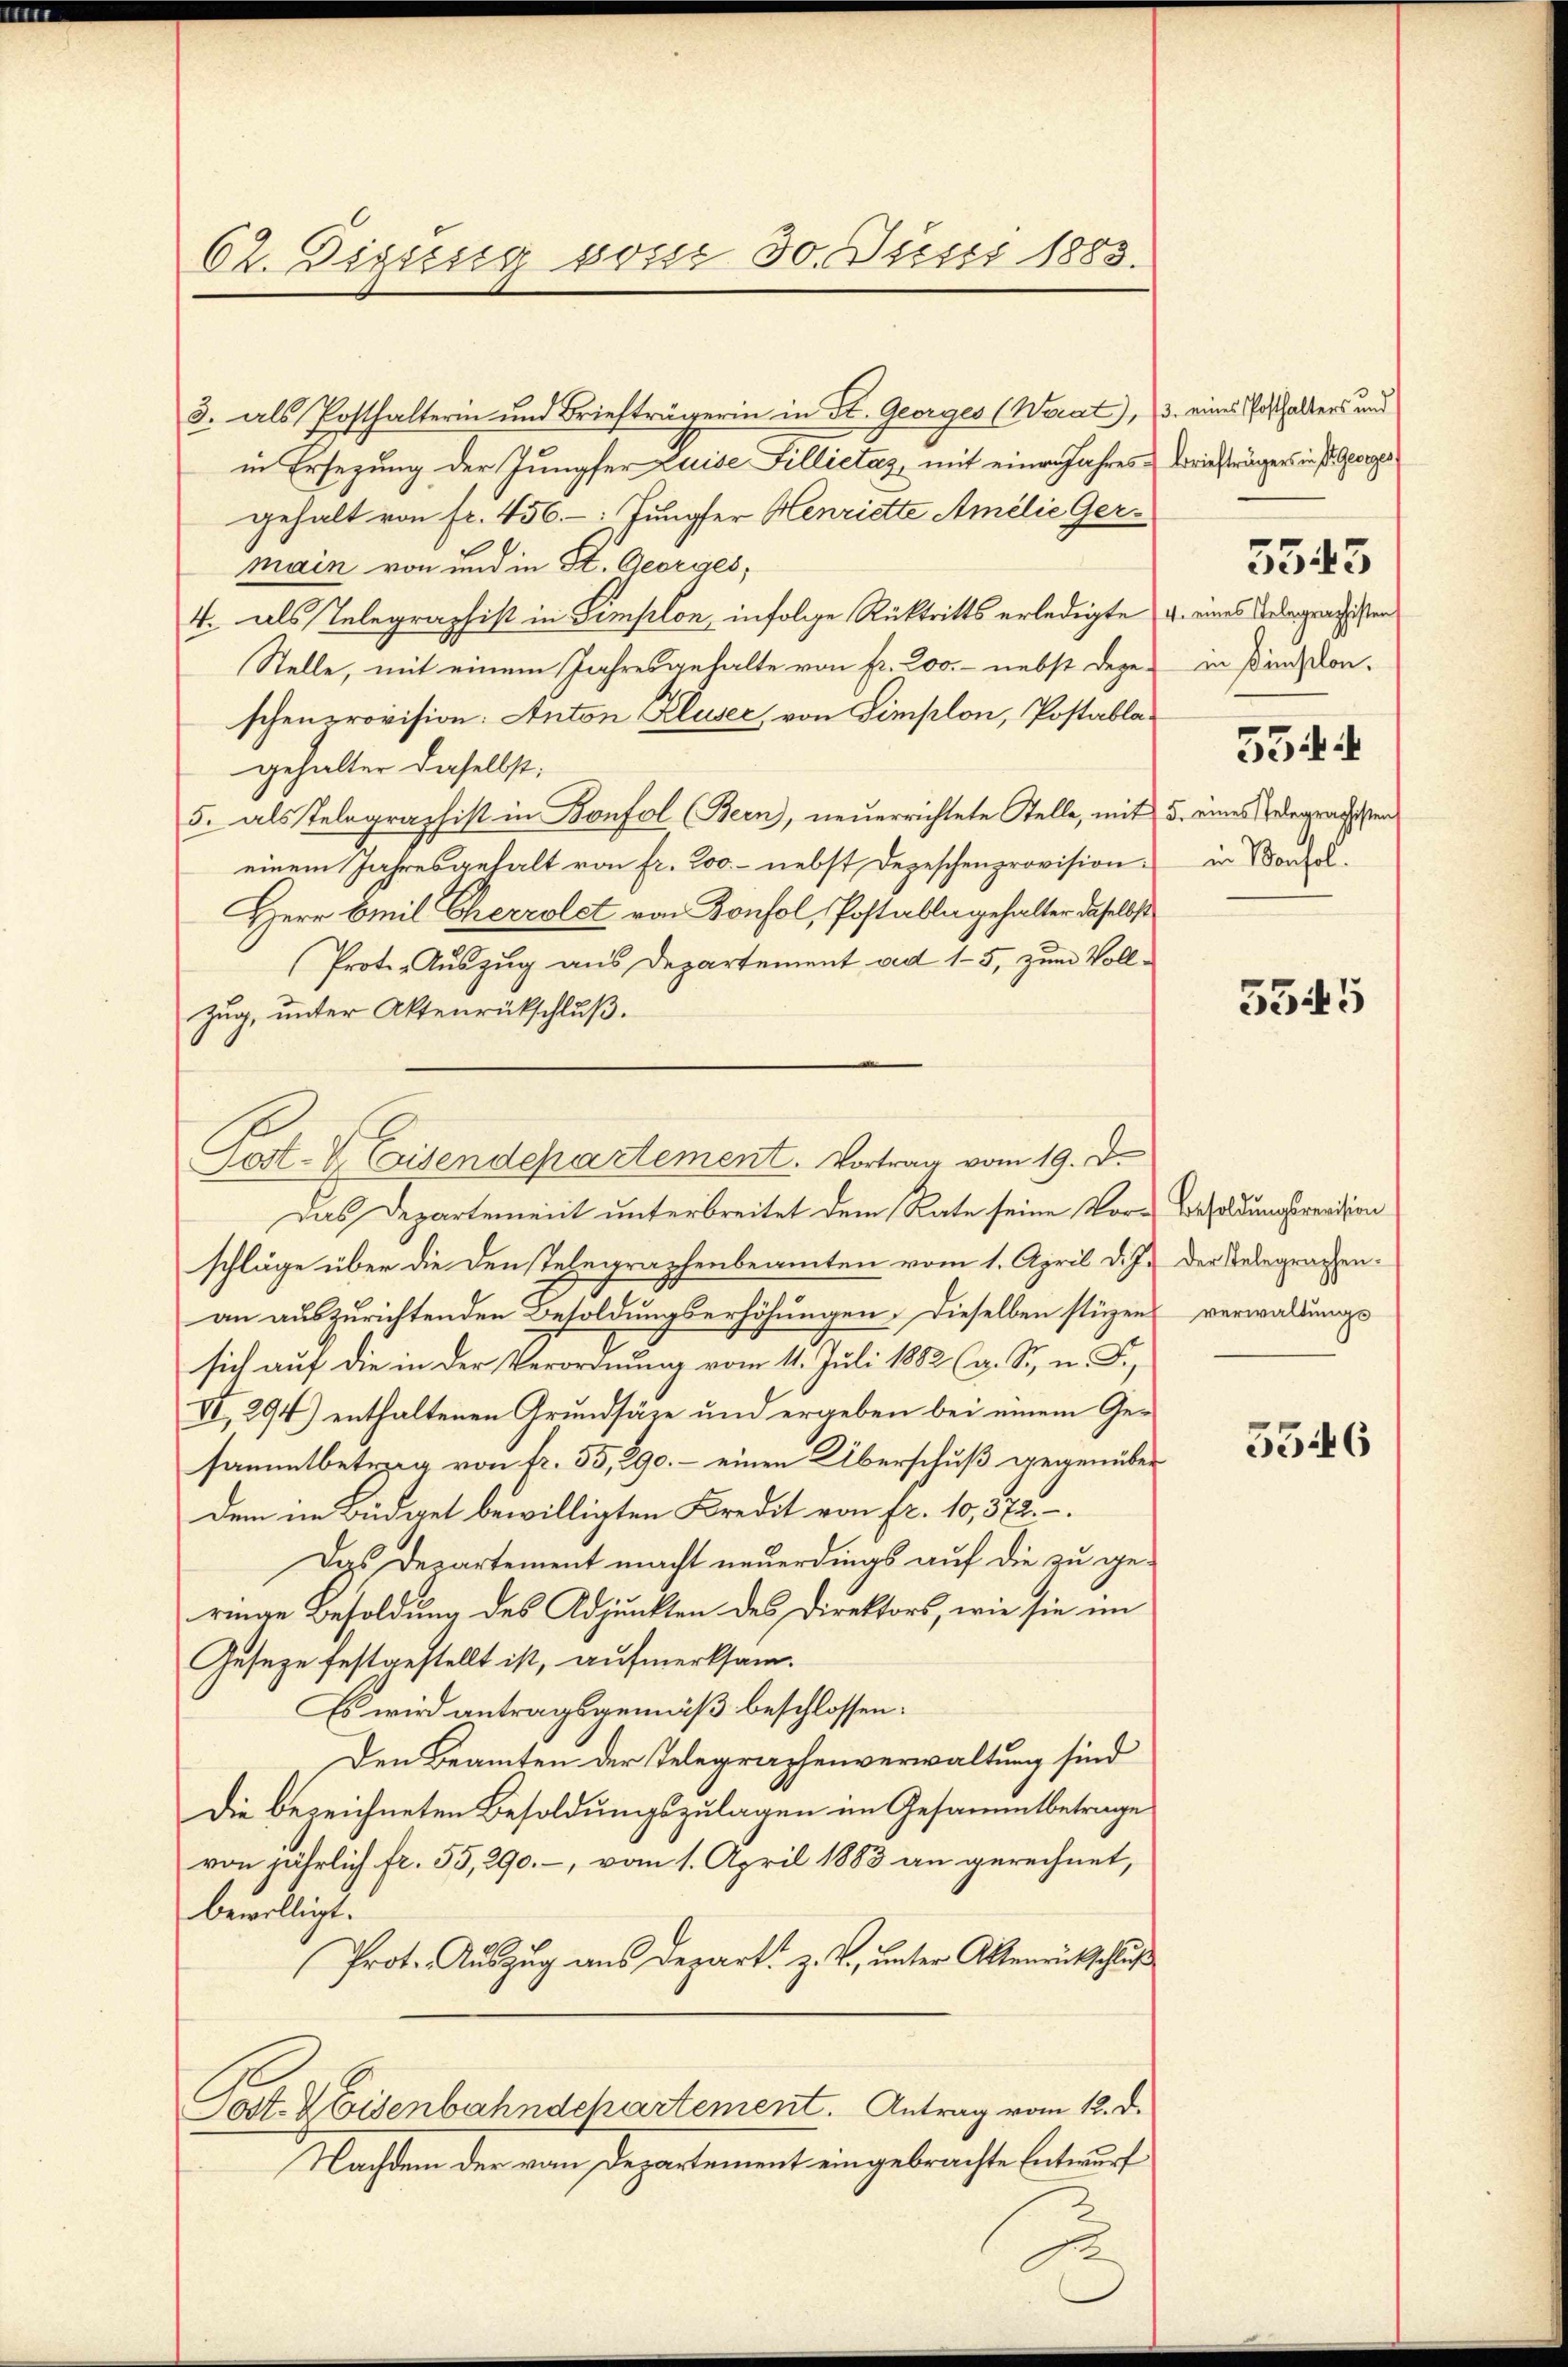
62. Sigissig von 30. Justi 1883.

3. als Posthalterin und Briefträgerin in St. Georges (Waat), u. eines Posthalters und
in Ersezung der Jungfer Luise Sillietas, mit einen Jahres Briefträgers in s. Gere
gehalt von fr. 456. Jungfer Henriette Amilie Germain von und in St. Georges¬
4. als Telegraphist in Simplon, infolge Rücktritts erledigte u. eines Telegensisten
Stelle, mit einem Jahresgehalte von fr. 200.- nebst dage in sind von
schenprovision: Anton Kluser, von Simplon, Postablagehalter daselbst,
5. als Telegraphist in Bonfol (Bern, neuerrichtete Stelle, mit 5. eines Telegrafisten
einem Jahresgehalt von fr. 200.- nebst Depeschenprovision.
Herr Emil Cherzolet von Konfol, Postabli gehalter daselbst
Prote-Auszug aus Departement vnd 15, zum Voll¬
Zŭg, ŭnter Aktenrückschlŭβ.
Das Departement unterbreitet dem Rate seine Vor- Besoldungsverdien
schläge über die Denstelegraphenbeamten vom 1. April d. J. der Telegraphen-
an auszurichtenden Besoldungserhöhungen. Dieselben stüzens verwaltungs
sich auf die in der Verordnung vom 11. Juli 1882 (v. St. u. F.,
VI., 294) enthaltenen Grundsäze und ergeben bei einem Gesammtbetrag von fr. 55, 290. – einen Überschuß gegenüber
dem im Büdget bewilligten Kredit von fr. 10,572.
Das Departement macht neuerdings auf die zu geringe Besoldung des Adjunkten des Direktors, wie sie im
Geseze festgestellt ist, aufmerksam.
Es wird antragsgemäß beschlossen.
Den Beamten der Telegraphenverwaltung sind
Die bezeichneten Besoldungszulagen im Gesammtbetrage
von jährlich fr. 55, 290. -, vom 1. April 1883 an gerechnet,
bewilligt.
Prot. Auszug aus Depart. z. Z., unter Aktenrückschluß
Sott. I Eisenbahndepartement. Antrag vom 12. d.
Nachdem der vom Departement eingebrachte Entwurf
2

Past. V. Caisendepartement. Vortrag vom 19. D.

554
in Vorsol.

5543

5545

5546